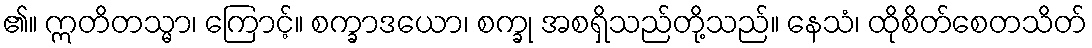
၏။ ဣတိတသ္မာ၊ ကြောင့်။ စက္ခာဒယော၊ စက္ခု အစရှိသည်တို့သည်။ နေသံ၊ ထိုစိတ်စေတသိတ်